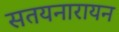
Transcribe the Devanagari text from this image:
सतयनारायन